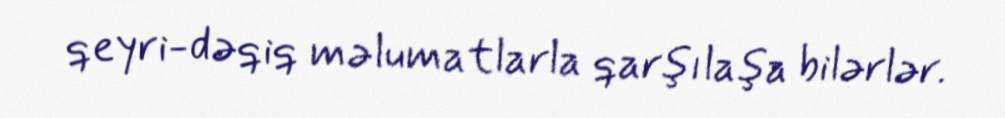
qeyri-dəqiq məlumatlarla qarşılaşa bilərlər.